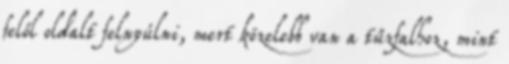
felől oldalt felnyúlni, mert közelebb van a tűzfalhoz, mint